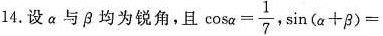
4.设α与β均为锐角，且 $$\cos α = \frac { 1 } { 7 }$$ $$\sin ( a + β ) =